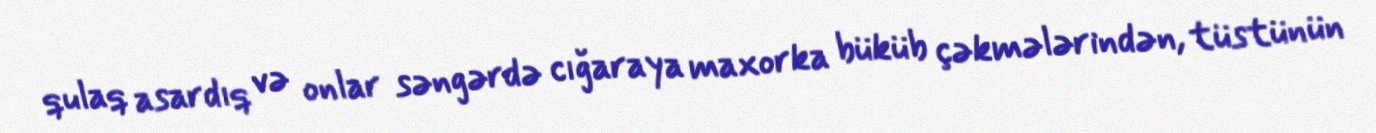
qulaq asardıq və onlar səngərdə cığaraya maxorka büküb çəkmələrindən, tüstünün